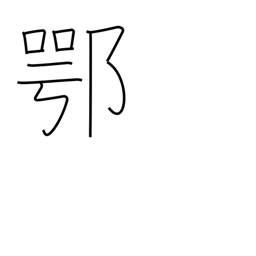
Meaning: frankly